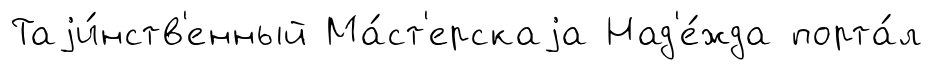
Таjи́нств'енный Ма́ст'ерскаjа Над'е́жда порта́л